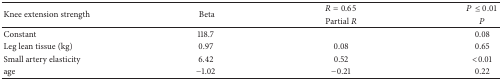
<table><thead><tr><td rowspan="2"><b>Knee extension strength</b></td><td rowspan="2"><b> Beta</b></td><td><b><i>R</i> = 0.65</b></td><td><b><i>P</i> ≤ 0.01</b></td></tr><tr><td><b> Partial <i>R</i></b></td><td><b><i>P</i></b></td></tr></thead><tbody><tr><td>Constant</td><td> 118.7</td><td> </td><td> 0.08</td></tr><tr><td>Leg lean tissue (kg)</td><td> 0.97</td><td> 0.08</td><td> 0.65</td></tr><tr><td>Small artery elasticity</td><td> 6.42</td><td> 0.52</td><td> &lt;0.01</td></tr><tr><td>age</td><td> −1.02</td><td>−0.21</td><td> 0.22</td></tr></tbody></table>